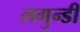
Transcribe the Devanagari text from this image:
लगुन्डी